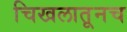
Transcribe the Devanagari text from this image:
चिखलातूनच